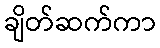
ချိတ်ဆက်ကာ